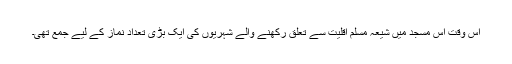
اس وقت اس مسجد میں شیعہ مسلم اقلیت سے تعلق رکھنے والے شہریوں کی ایک بڑی تعداد نماز کے لیے جمع تھی۔